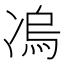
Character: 𭂛